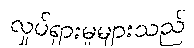
လှုပ်ရှားမှုများသည်